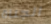
الجناة